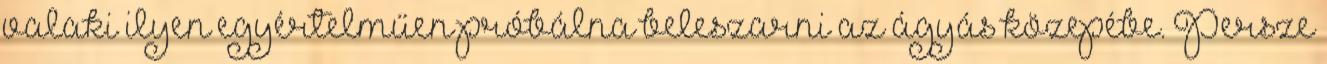
valaki ilyen egyértelműen próbálna beleszarni az ágyás közepébe. Persze